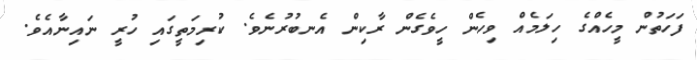
ފަހަތުން މީހެއްގެ ހިލަމެއް ވިހެން ހީވެގެން ރާކިން އެނބުރުނެވެ. ކުރިމަތީގައި ހުރީ ނައިނާއެވެ.